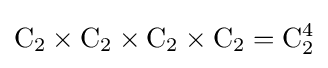
\mathrm {C} _{2}\times \mathrm {C} _{2}\times \mathrm {C} _{2}\times \mathrm {C} _{2}=\mathrm {C} _{2}^{4}